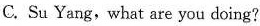
C. Su Yang,what are you doing?